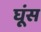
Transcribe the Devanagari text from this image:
घूंस